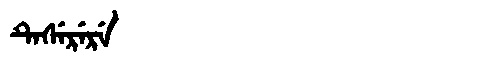
Manchu: ᡨᡝᠰᡝᡵᡝᡵᡝ
Romanization: TESERERE